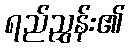
ရည်ညွှန်း၏